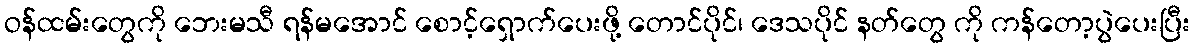
ဝန်ထမ်းတွေကို ဘေးမသီ ရန်မအောင် စောင့်ရှောက်ပေးဖို့ တောင်ပိုင်၊ ဒေသပိုင် နတ်တွေ ကို ကန်တော့ပွဲပေးပြီး